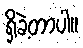
ရှိခဲ့တာပါ။